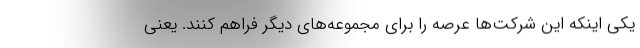
یکی اینکه این شرکت‌ها عرصه را برای مجموعه‌های دیگر فراهم کنند. یعنی